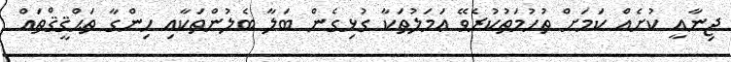
ޖިނާއީ ކުށެއް ކަމަށް ތުހުމަތުކުރެވޭ ޢަމަލުތަކާ ގުޅިގެން ބަލާ ބެލުންތަކާއި ހިންގާ ތަޙްޤީޤްތައް